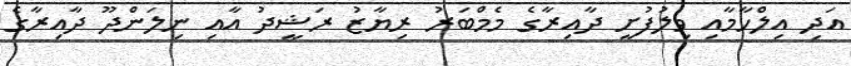
އަދި އިލްހާމާއި ވިލުފުށީ ދާއިރާގެ މެމްބަރު ރިޔާޒު ރަޝީދު އާއި ނިލަންދޫ ދާއިރާގެ